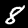
Label: 8